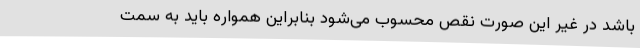
باشد در غیر این صورت نقص محسوب می‌شود بنابراین همواره باید به سمت